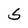
Character: S